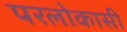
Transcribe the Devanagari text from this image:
परलोकासी